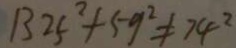
1 3 2 5 ^ { 2 } + 5 9 ^ { 2 } \neq 7 4 ^ { 2 }